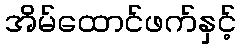
အိမ်ထောင်ဖက်နှင့်